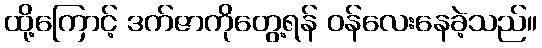
ထို့ကြောင့် ဒက်ဇာကိုတွေ့ရန် ဝန်လေးနေခဲ့သည်။